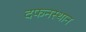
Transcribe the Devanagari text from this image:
दफनस्थान